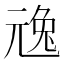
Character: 𠒢